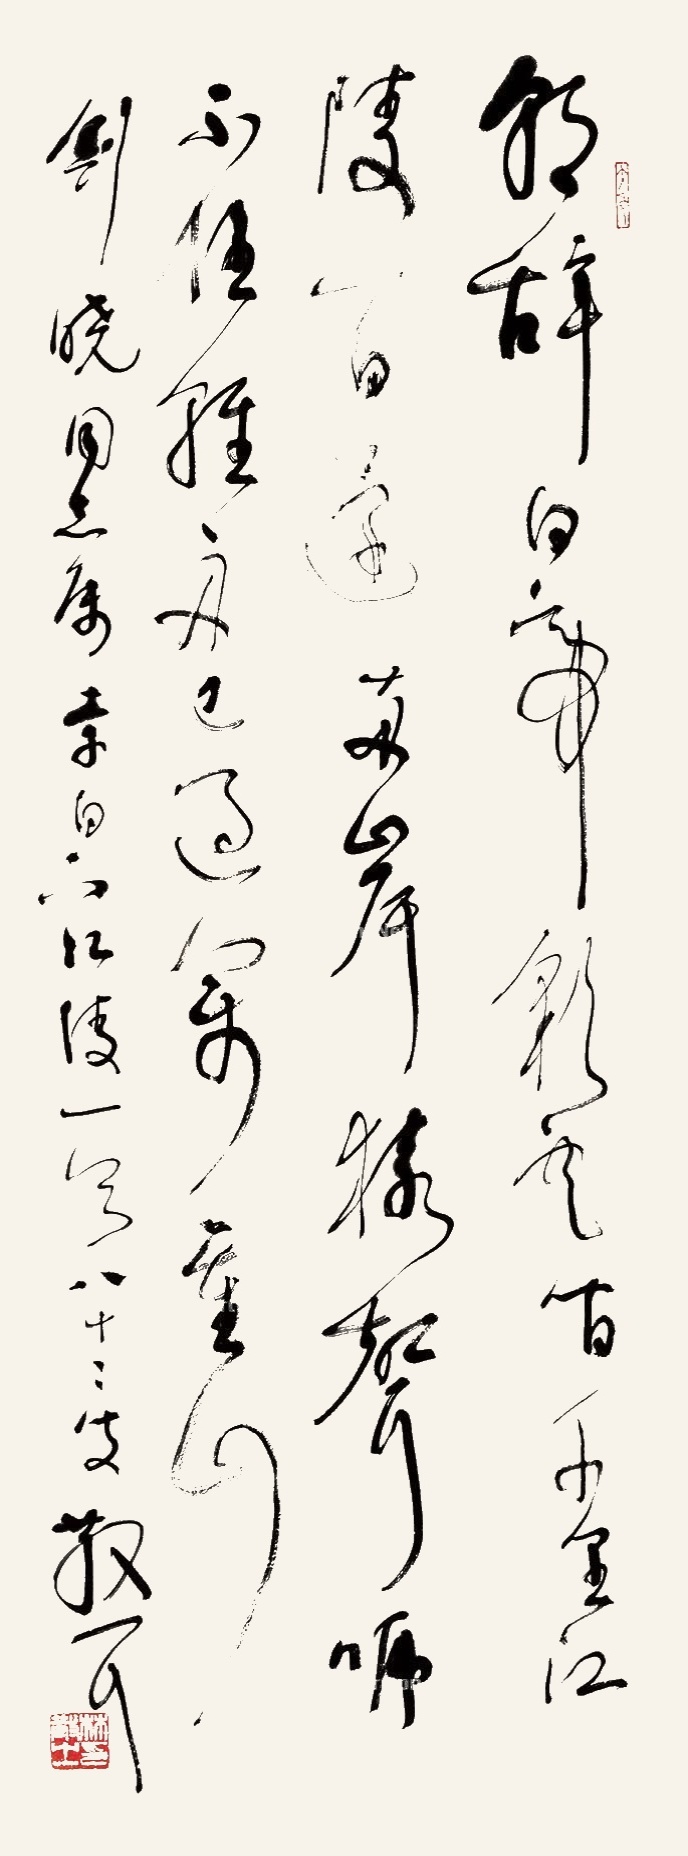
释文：朝辞白帝彩云间，千里江陵一日还。两岸猿声啼不住，轻舟已过万重山。剑晓同志属，李白《下江陵》一首，八十二叟散耳。